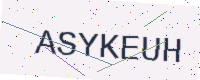
Text: ASYKEUH